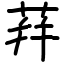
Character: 荓